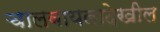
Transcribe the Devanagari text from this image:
चालवायलादेखील